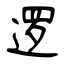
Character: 逻